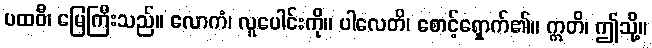
ပထဝီ၊ မြေကြီးသည်။ လောကံ၊ လူပေါင်းကို။ ပါလေတိ၊ စောင့်ရှောက်၏။ ဣတိ၊ ဤသို့။